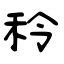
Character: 秢